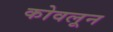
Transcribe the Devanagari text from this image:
कोवलून